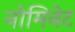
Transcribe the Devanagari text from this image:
नोमिनेट